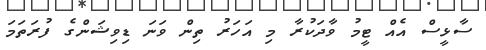
ސާޅީސް އެއް ޓީމު ވާދަކުރާ މި އަހަރު ތިން ވަނަ ޑިވިޝަންގެ ފުރަތަމަ